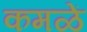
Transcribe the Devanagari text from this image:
कमळें